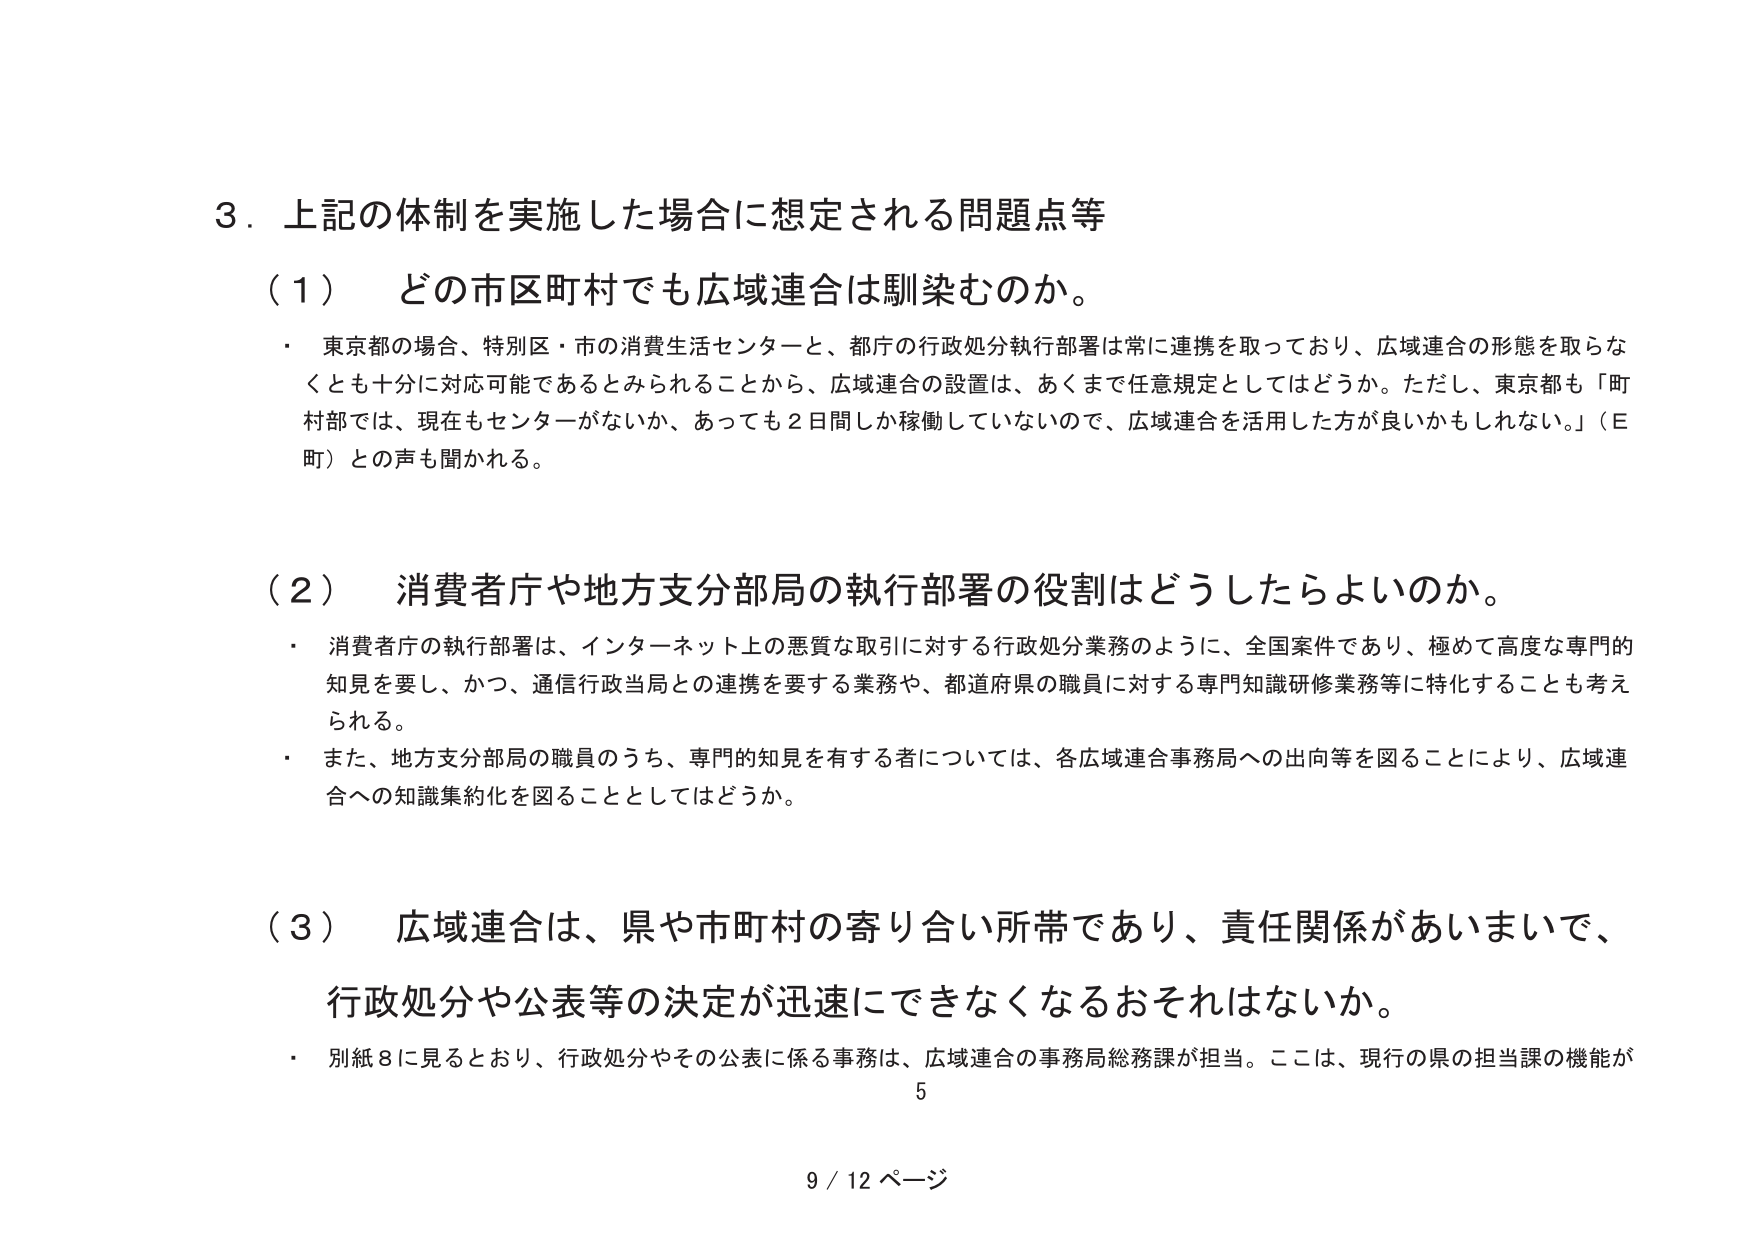
3．上記の体制を実施した場合に想定される問題点等

（1）どの市区町村でも広域連合は馴染むのか。
・東京都の場合、特別区・市の消費生活センターと、都庁の行政処分執行部署は常に連携を取っており、広域連合の形態を取らなくとも十分に対応可能であるとみられることから、広域連合の設置は、あくまで任意規定としてはどうか。ただし、東京都も「町村部では、現在もセンターがないか、あっても2日間しか稼働していないので、広域連合を活用した方が良いかもしれない。」（E町）との声も聞かれる。

（2）消費者庁や地方支分部局の執行部署の役割はどうしたらよいのか。
・消費者庁の執行部署は、インターネット上の悪質な取引に対する行政処分業務のように、全国案件であり、極めて高度な専門的知見を要し、かつ、通信行政当局との連携を要する業務や、都道府県の職員に対する専門知識研修業務等に特化することも考えられる。
・また、地方支分部局の職員のうち、専門的知見を有する者については、各広域連合事務局への出向等を図ることにより、広域連合への知識集約化を図ることとしてはどうか。

（3）広域連合は、県や市町村の寄り合い所帯であり、責任関係があいまいで、行政処分や公表等の決定が迅速にできなくなるおそれはないか。
・別紙8に見るとおり、行政処分やその公表に係る事務は、広域連合の事務局総務課が担当。ここは、現行の県の担当課の機能が

5
9 / 12 ページ